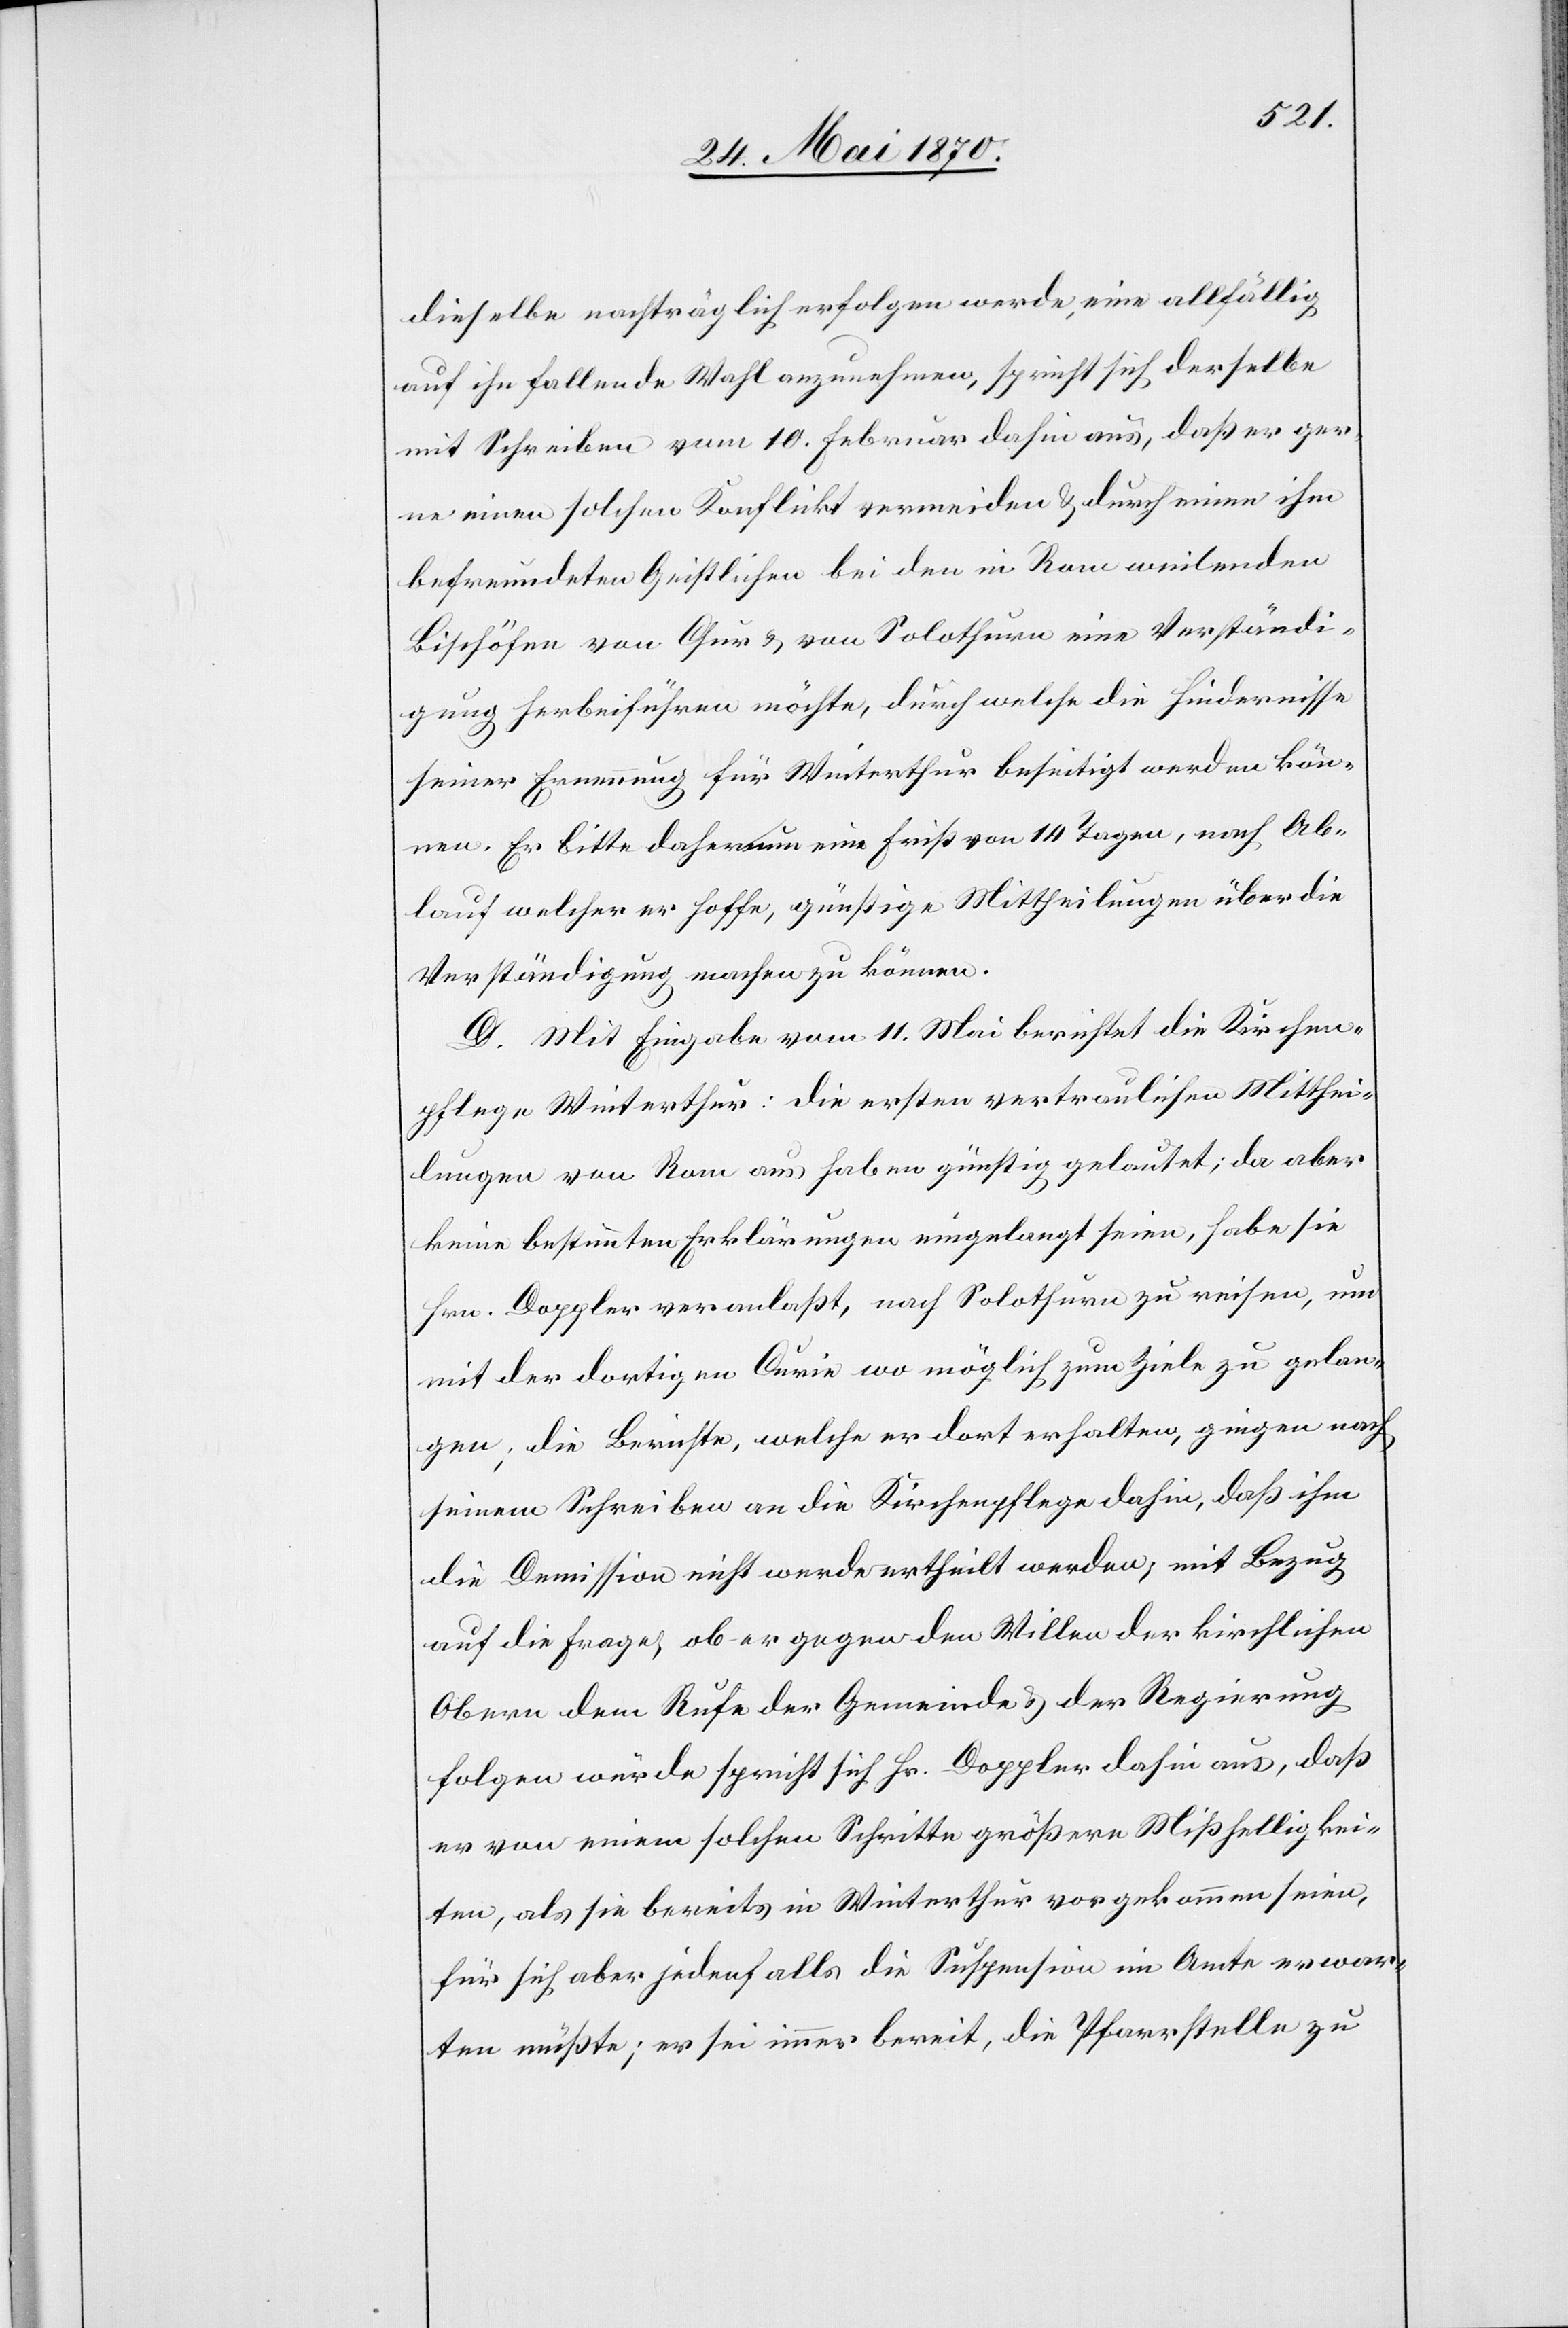
dieselbe nachträglich erfolgen werde, eine allfällig
auf ihn fallende Wahl anzunehmen, spricht sich derselbe
mit Schreiben vom 10. Februar dahin aus, daß er ger¬
ne einen solchen Konflikt vermeiden & durch einen ihm
befreundeten Geistlichen bei den in Rom weilenden
Bischöfen von Chur & von Solothurn eine Verständi¬
gung herbeiführen möchte, durch welche die Hindernisse
seiner Ernennung für Winterthur beseitigt werden kön¬
nen. Er bitte daher um eine Frist von 14 Tagen, nach Ab¬
lauf welcher er hoffe, günstige Mittheilungen über die
Verständigung machen zu können.
D. Mit Eingabe vom 11. Mai berichtet die Kirchen¬
pflege Winterthur: die ersten vertraulichen Mitthei¬
lungen von Rom aus haben günstig gelautet; da aber
keine bestimmten Erklärungen eingelangt seien, habe sie
Hrn. Doppler veranlaßt, nach Solothurn zu reisen, um
mit der dortigen Curie wo möglich zum Ziele zu gelan¬
gen; die Berichte, welche er dort erhalten, gingen nach
seinem Schreiben an die Kirchenpflege dahin, daß ihm
die Demission nicht werde ertheilt werden, mit Bezug
auf die Frage, ob er gegen den Willen der kirchlichen
Obern dem Rufe der Gemeinde & der Regierung
folgen würde spricht sich Hr. Doppler dahin aus, daß
er von einem solchen Schritte größere Mißhelligkei¬
ten, als sie bereits in Winterthur vorgekommen seien,
für sich aber jedenfalls die Suspension im Amte erwar¬
ten müßte; er sei immer bereit, die Pfarrstelle zu